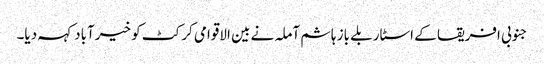
جنوبی افریقا کے اسٹار بلے باز ہاشم آملہ نے بین الاقوامی کرکٹ کو خیرآباد کہہ دیا۔